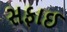
સફાઈ